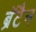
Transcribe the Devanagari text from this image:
ब्रॅटैन